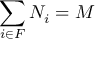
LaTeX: \sum _ { i \in F } N _ { i } = M